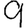
Digit: 9